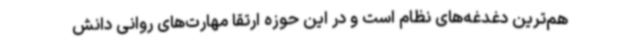
هم‌ترین دغدغه‌های نظام است و در این حوزه ارتقا مهارت‌های روانی دانش